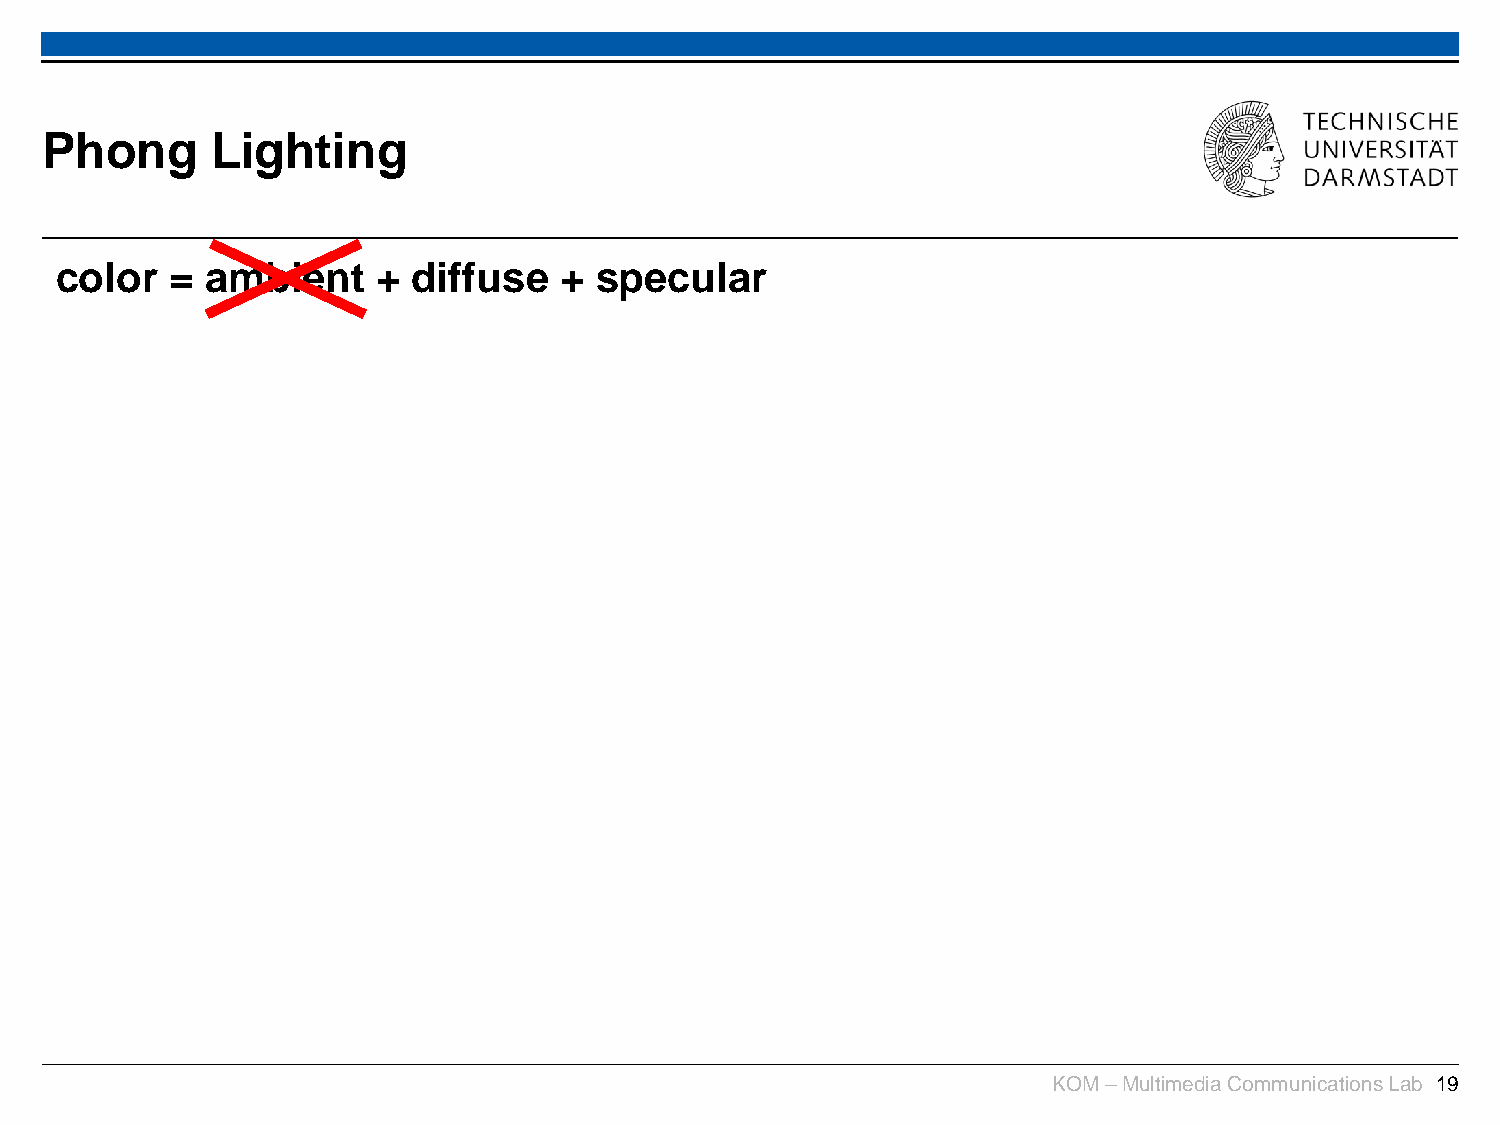
Phong      Lighting
 color  =  ambient    + diffuse   + specular
 KOM –Multimedia Communications Lab 19